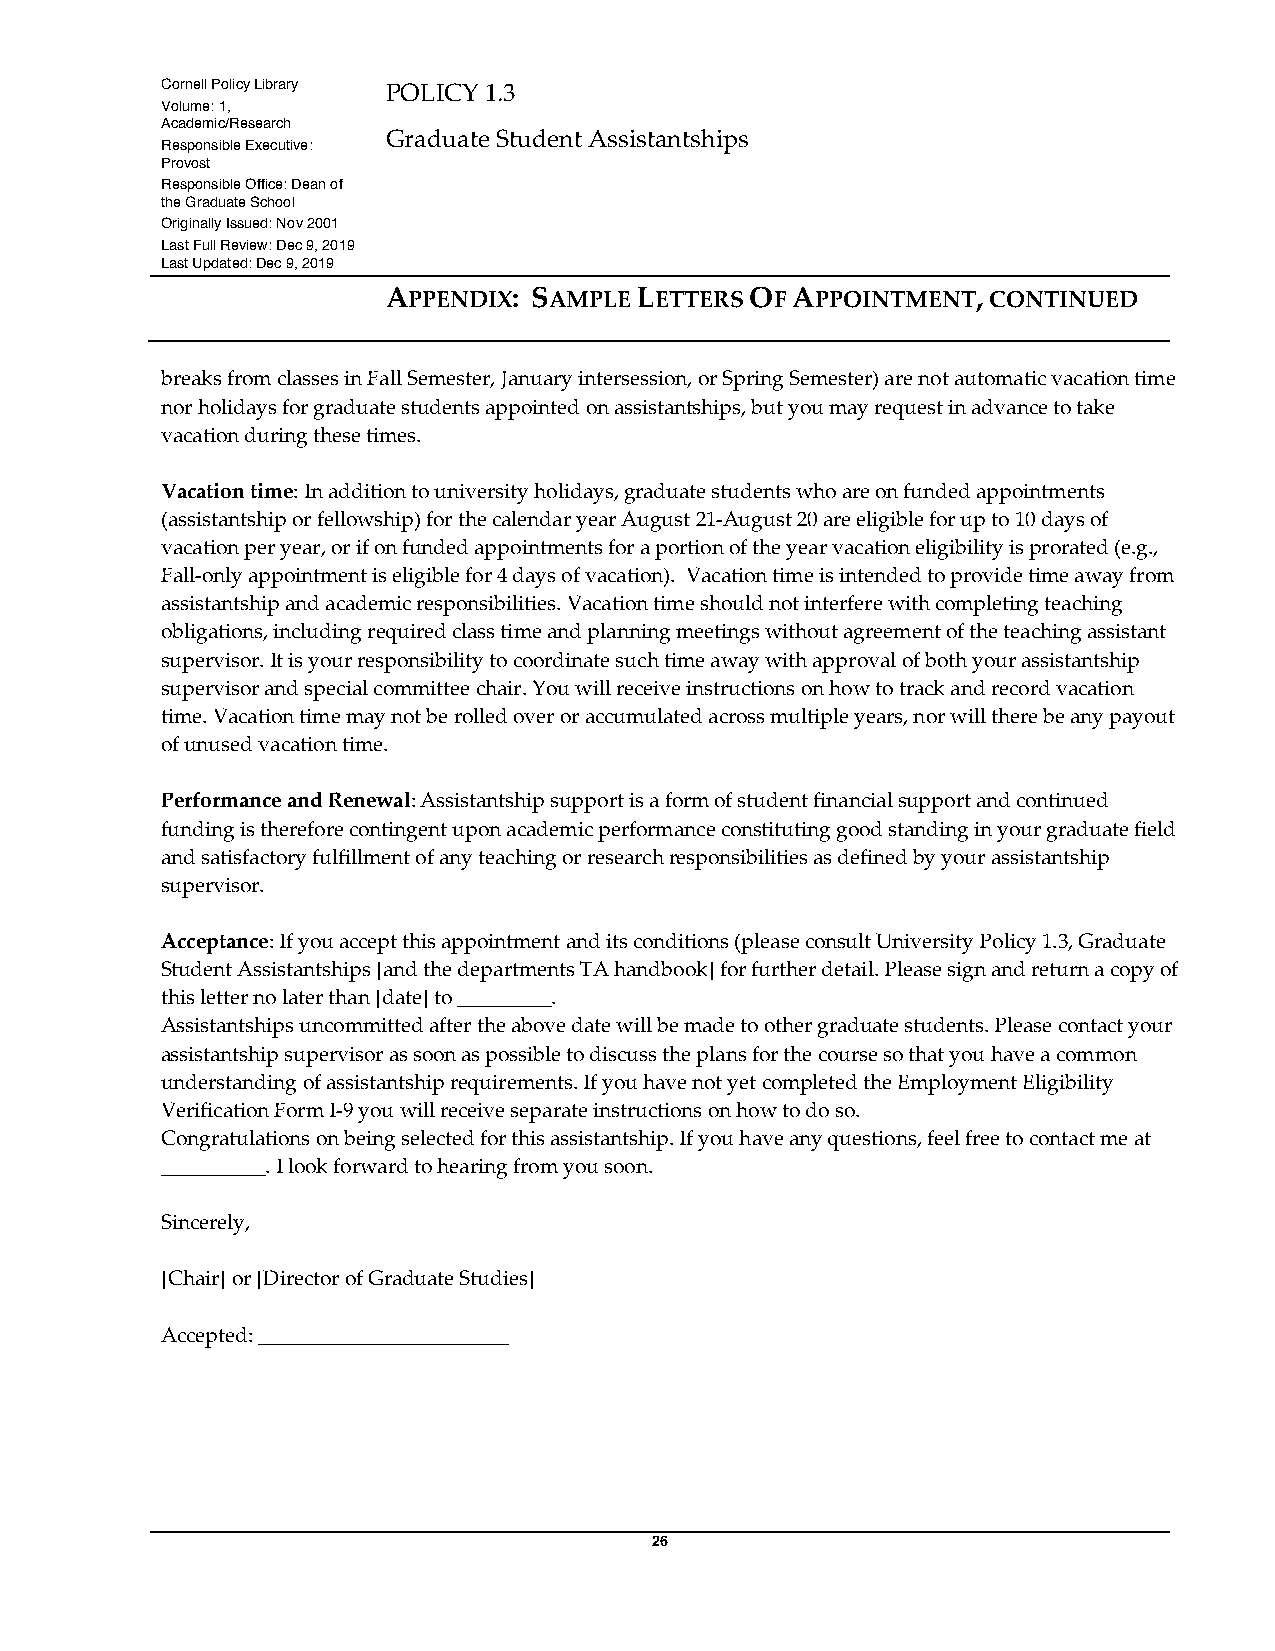
Cornell Policy Library POLICY 1.3
 Volume: 1,
 Academic/Research
 Graduate Student Assistantships
 Responsible Executive:
 Provost
 Responsible Office: Dean of
 the Graduate School
 Originally Issued: Nov 2001
 Last Full Review: Dec 9, 2019
 Last Updated: Dec 9, 2019
 APPENDIX: SAMPLE LETTERS OF APPOINTMENT, CONTINUED
 breaks from classes in Fall Semester, January intersession, or Spring Semester) are not automatic vacation time
 nor holidays for graduate students appointed on assistantships, but you may request in advance to take
 vacation during these times.
 Vacation time: In addition to university holidays, graduate students who are on funded appointments
 (assistantship or fellowship) for the calendar year August 21-August 20 are eligible for up to 10 days of
 vacation per year, or if on funded appointments for a portion of the year vacation eligibility is prorated (e.g.,
 Fall-only appointment is eligible for 4 days of vacation). Vacation time is intended to provide time away from
 assistantship and academic responsibilities. Vacation time should not interfere with completing teaching
 obligations, including required class time and planning meetings without agreement of the teaching assistant
 supervisor. It is your responsibility to coordinate such time away with approval of both your assistantship
 supervisor and special committee chair. You will receive instructions on how to track and record vacation
 time. Vacation time may not be rolled over or accumulated across multiple years, nor will there be any payout
 of unused vacation time.
 Performance and Renewal: Assistantship support is a form of student financial support and continued
 funding is therefore contingent upon academic performance constituting good standing in your graduate field
 and satisfactory fulfillment of any teaching or research responsibilities as defined by your assistantship
 supervisor.
 Acceptance: If you accept this appointment and its conditions (please consult University Policy 1.3, Graduate
 Student Assistantships [and the departments TA handbook] for further detail. Please sign and return a copy of
 this letter no later than [date] to _________.
 Assistantships uncommitted after the above date will be made to other graduate students. Please contact your
 assistantship supervisor as soon as possible to discuss the plans for the course so that you have a common
 understanding of assistantship requirements. If you have not yet completed the Employment Eligibility
 Verification Form I-9 you will receive separate instructions on how to do so.
 Congratulations on being selected for this assistantship. If you have any questions, feel free to contact me at
 __________. I look forward to hearing from you soon.
 Sincerely,
 [Chair] or [Director of Graduate Studies]
 Accepted: ________________________
 26